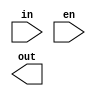
module non_blocking_decoder (
  input [2-1:0]  in,
  input          en,
  output [4-1:0] out
);

  function [4-1:0] dec;
    input [2-1:0] in;
    input         en;
    begin
      if (en)
        case (in)
          2'h0: dec <= 4'b0001;
          2'h1: dec <= 4'b0010;
          2'h2: dec <= 4'b0100;
          2'h3: dec <= 4'b1000;
          default: dec <= 4'bxxxx;
        endcase
      else
        dec <= 4'b0000;
    end
  endfunction

  assign out = dec( in, en );

endmodule